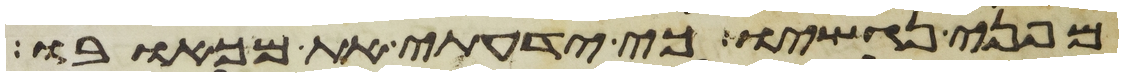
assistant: מפני נגשיו כי ידעתי את מכאבו